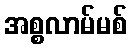
အစ္စလာမ်မစ်